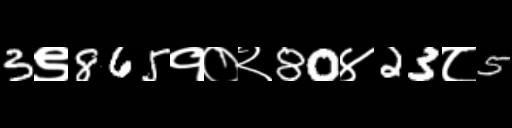
Text: 3९865१०२80४23८5